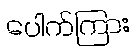
ပေါက်ကြား